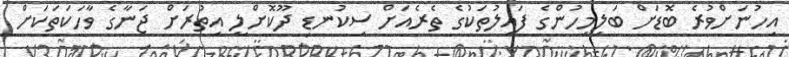
އިހުނަށްވުރެ ބޮޑަށް ބަލިމީހުންގެ ފައިލުތަކުގެ ތެރެއަށް ސިކުނޑި ދޫކޮށްލީ އިތުރަށް ޖަނާގެ ވާހަކަތަކަށް